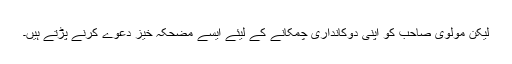
لیکن مولوی صاحب کو اپنی دوکانداری چمکانے کے لیئے ایسے مضحکہ خیز دعوے کرنے پڑتے ہیں۔